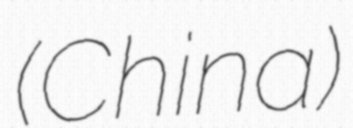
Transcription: (China)